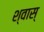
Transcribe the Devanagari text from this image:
श्वास्